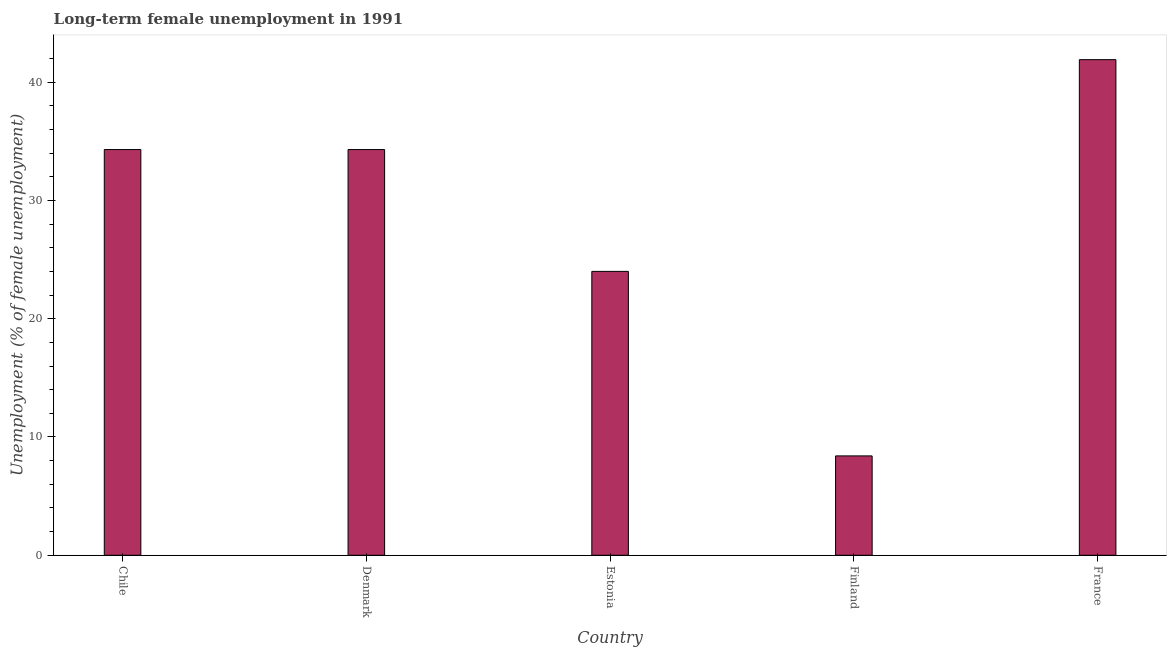
| Country | Long-term unemployment female |
 | --- | --- |
 | Chile | 34.3 |
 | Denmark | 34.3 |
 | Estonia | 24 |
 | Finland | 8.4 |
 | France | 41.9 |